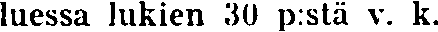
luessa lukien 30 p:stä v. k.